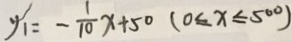
y _ { 1 } = - \frac { 1 } { 1 0 } x + 5 0 ( 0 \leq x \leq 5 0 0 )